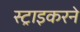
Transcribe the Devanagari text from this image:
स्ट्राइकरने